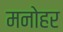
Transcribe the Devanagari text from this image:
मनाेहर